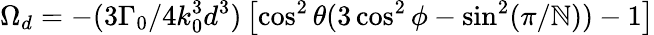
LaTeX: \Omega_{d}=-(3\Gamma_{0}/4k_{0}^{3}d^{3})\left[\cos^{2}\theta(3\cos^{2}\phi-\sin^{2}(\pi/\mathbb{N}))-1\right]